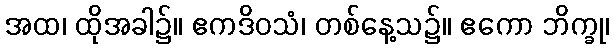
အထ၊ ထိုအခါ၌။ ဧကဒိဝသံ၊ တစ်နေ့သ၌။ ဧကော ဘိက္ခု၊